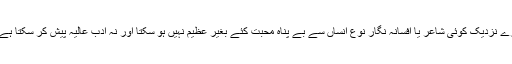
میرے نزدیک کوئی شاعر یا افسانہ نگار نوعِ انساں سے بے پناہ محبت کئے بغیر عظیم نہیں ہو سکتا اور نہ ادب عالیہ پیش کر سکتا ہے ‘‘۔